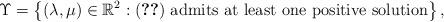
LaTeX: \begin{align*}\Upsilon=\left\{(\lambda,\mu)\in \mathbb{R}^{2}:\eqref{pq}~\mbox{admits at least one positive solution}\right\},\end{align*}